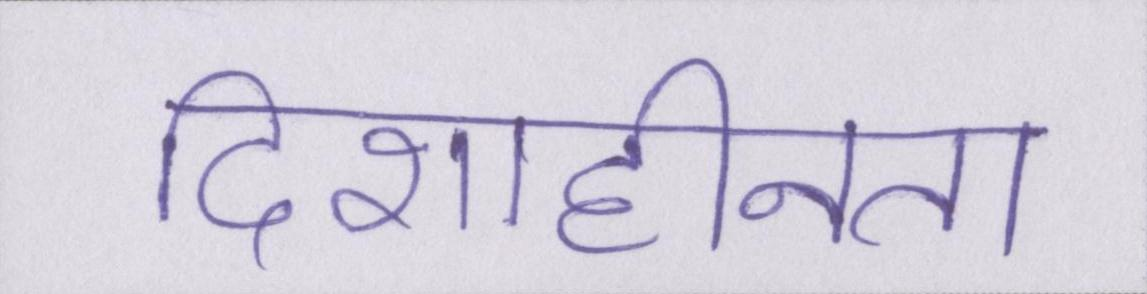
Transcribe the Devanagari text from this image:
दिशाहीनता